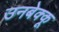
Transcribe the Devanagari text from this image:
उनबेक्कू